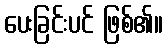
ပေးခြင်းပင် ဖြစ်၏။